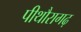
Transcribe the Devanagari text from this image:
पीथौरागढ़